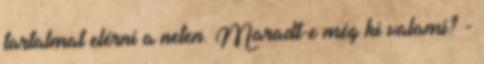
tartalmat elérni a neten. Maradt-e még ki valami? -